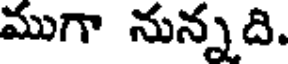
ముగా నున్నది.